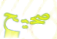
صحيح